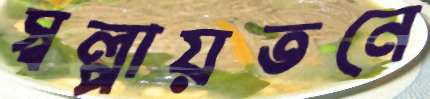
স্বল্পায়তনে